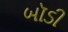
બૉડી